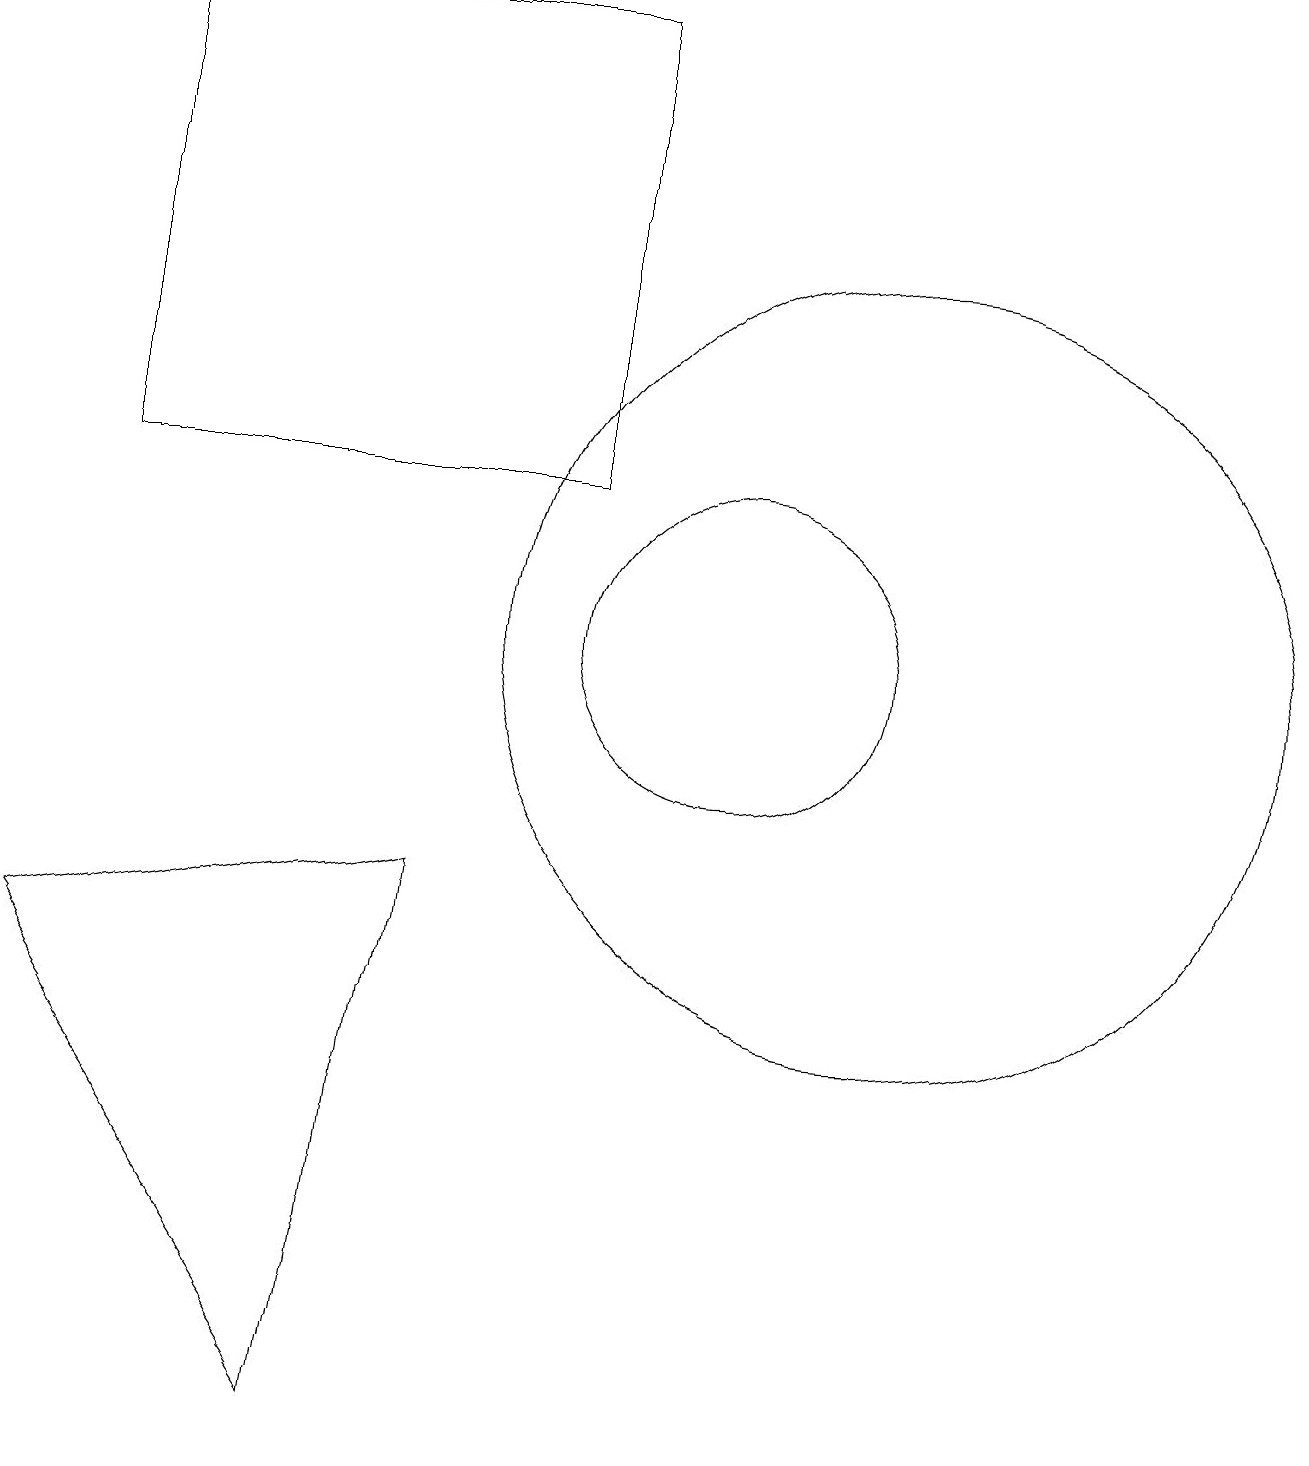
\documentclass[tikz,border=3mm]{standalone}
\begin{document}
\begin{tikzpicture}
\draw (2,18) rectangle (8,12);
\draw (5,0) -- (6,7) -- (1,6) -- cycle;
\draw (12,10) circle (5);
\draw (10,10) circle (2);
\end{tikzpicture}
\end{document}